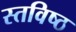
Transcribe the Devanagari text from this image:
स्तविष्ठ